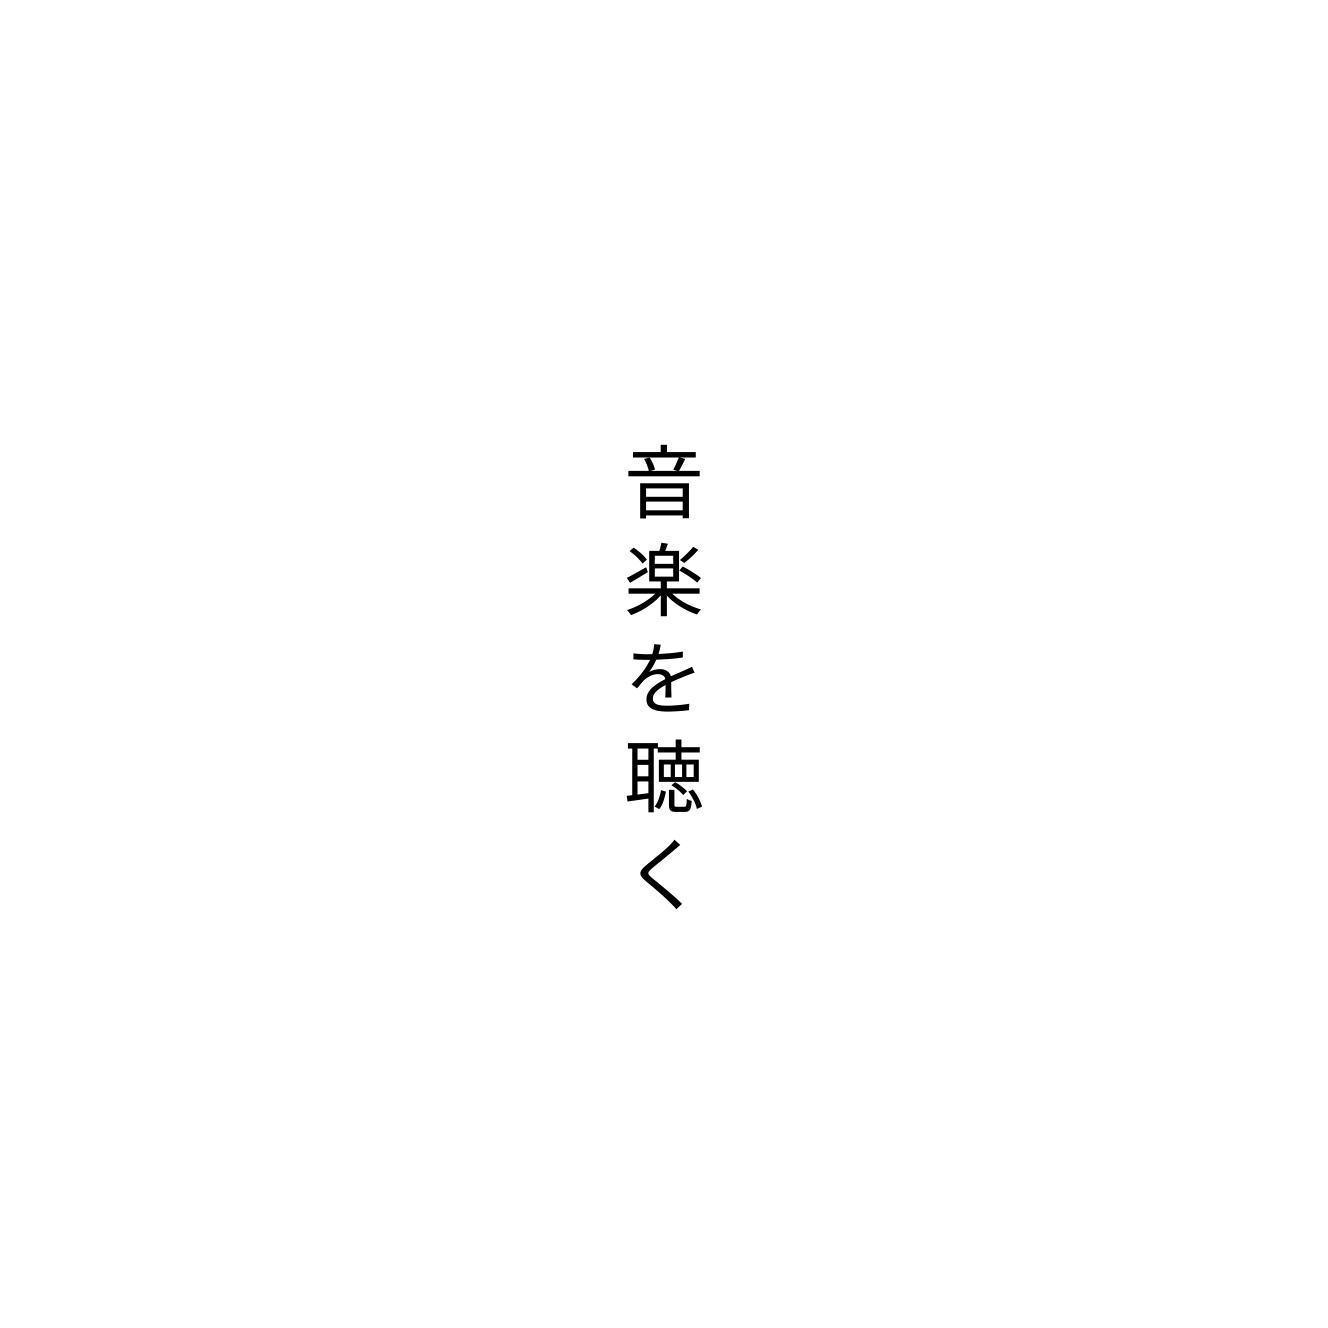
音楽を聴く